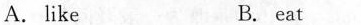
A.like B. eat